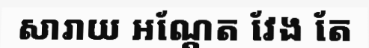
សារាយ អណ្តែត វែង តែ